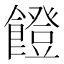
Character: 𩞬